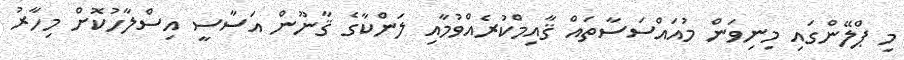
މި ޕްލޭންގައި މިނިވަން މުއައްސަސާތައް ޤާއިމްކުރެއްވުމާއި ލަންކާގެ ޤާނޫން އަސާސީ އިސްލާހުކޮށް މިހާރު